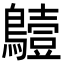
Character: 𪆖